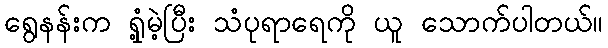
ရွေနန်းက ရှုံ့မဲ့ပြီး သံပုရာရေကို ယူ သောက်ပါတယ်။